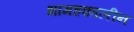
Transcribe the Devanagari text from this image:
भामहकालीन